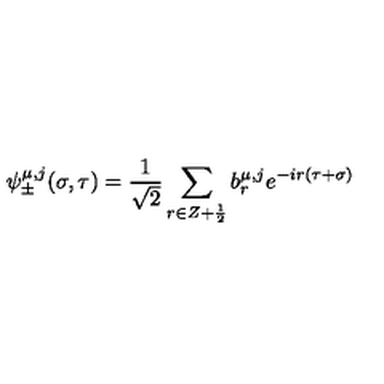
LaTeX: \psi _ { \pm } ^ { \mu , j } ( \sigma , \tau ) = \frac { 1 } { \sqrt 2 } \sum _ { r \in Z + \frac { 1 } { 2 } } b _ { r } ^ { \mu , j } e ^ { - i r ( \tau + \sigma ) }